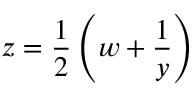
z = \frac { 1 } { 2 } \left( w + \frac { 1 } { y } \right)